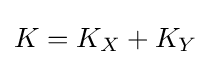
K=K_{X}+K_{Y}